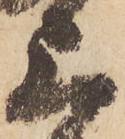
上